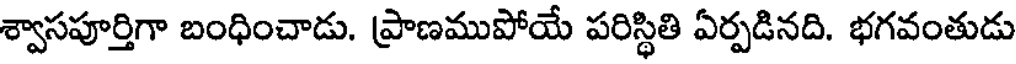
శ్వాసపూర్తిగా బంధించాడు. ప్రాణముపోయే పరిస్థితి ఏర్పడినది. భగవంతుడు